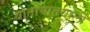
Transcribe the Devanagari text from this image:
यातायातवाली